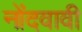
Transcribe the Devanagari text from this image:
नोंदवावी